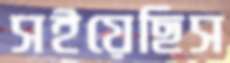
সইয়েছিস